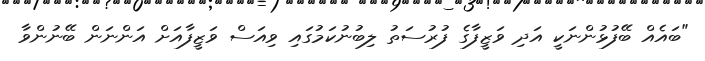
"ބައެއް ބޭފުޅުންނަކީ އަދި ވަޒީފާގެ ފުރުސަތު ލިބުނުކަމުގައި ވިއަސް ވަޒީފާއަށް އަންނަން ބޭނުންވާ